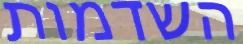
השדמות